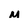
Character: M